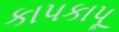
કાપકાપૂ